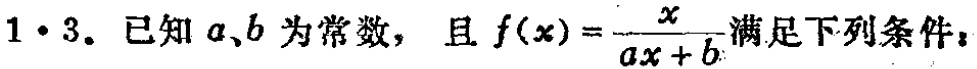
$1\cdot3.$ 已知 $a、b$ 为常数， 且 $f(x)=\frac{x}{ax + b}$满足下列条件：